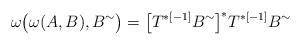
LaTeX: \begin{align*} \omega\bigl(\omega(A,B),B^{\sim}\bigr)= \bigl[T^{\ast[-1]}B^{\sim}\bigr]^{\ast} T^{\ast[-1]}B^{\sim}\end{align*}